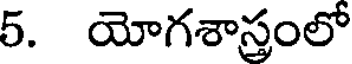
5. యోగశాస్త్రంలో